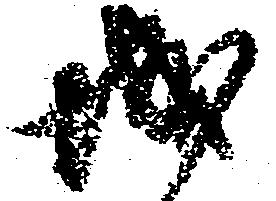
城